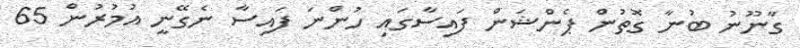
ގާނޫނު ބުނާ ގޮތުން ޕެންޝަން ފައިސާގައި ހުންނަ ފައިސާ ނެގޭނީ އުމުރުން 65